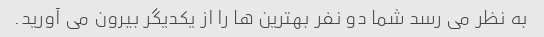
به نظر می رسد شما دو نفر بهترین ها را از یکدیگر بیرون می آورید.